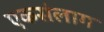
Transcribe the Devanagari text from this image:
एकसंलाग